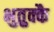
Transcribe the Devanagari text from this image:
भुतुक्कै